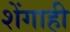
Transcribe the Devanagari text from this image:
शेंगाही